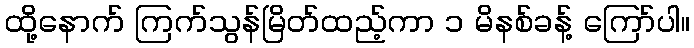
ထို့နောက် ကြက်သွန်မြိတ်ထည့်ကာ ၁ မိနစ်ခန့် ကြော်ပါ။